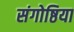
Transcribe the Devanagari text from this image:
संगोष्ठिया